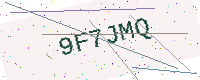
Text: 9F7JMQ